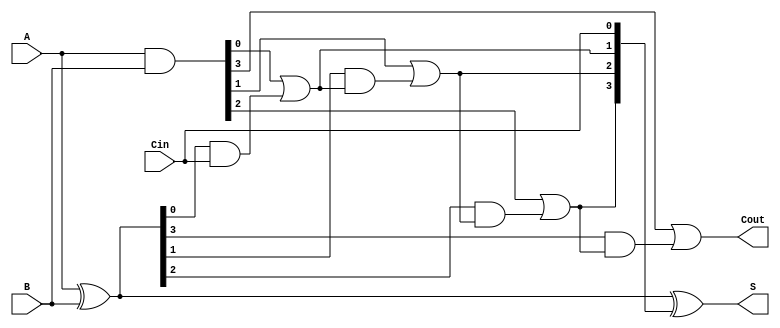
module Sklansky_Adder #(parameter n = 4) (
    input  [n-1:0] A,        // First n-bit input
    input  [n-1:0] B,        // Second n-bit input
    input         Cin,        // Input carry
    output [n-1:0] S,        // Sum output
    output        Cout        // Output carry
);

    // Generate and Propagate signals
    wire [n-1:0] G; // Generate signals
    wire [n-1:0] P; // Propagate signals
    wire [n:0] C;    // Carry signals

    // Compute Generate and Propagate signals
    assign G = A & B;          // G[i] = A[i] & B[i]
    assign P = A ^ B;          // P[i] = A[i] ^ B[i]

    // Compute Carry signals
    assign C[0] = Cin;         // C[0] = Cin
    genvar i;
    generate
        for (i = 0; i < n; i = i + 1) begin : carry_gen
            if (i == 0) begin
                assign C[1] = G[0] | (P[0] & C[0]); // C[1] = G[0] | (P[0] & Cin)
            end else begin
                assign C[i + 1] = G[i] | (P[i] & C[i]); // C[i+1] = G[i] | (P[i] & C[i])
            end
        end
    endgenerate

    // Compute Sum output
    assign S = P ^ C[n-1:0];  // S[i] = P[i] ^ C[i]

    // Final carry output
    assign Cout = C[n];        // Cout = C[n]

endmodule